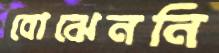
বোঝেননি